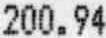
200.94